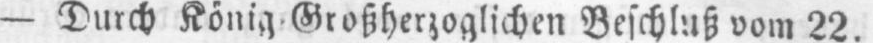
- Durch König Großherzoglichen Beschluß vom 22.